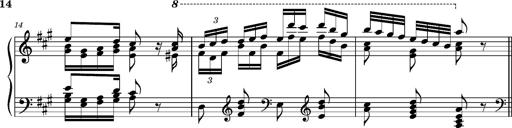
Title: Ungarischer Romanzero
Composer: Franz Liszt